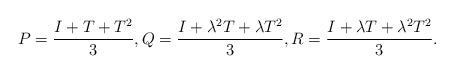
LaTeX: \begin{align*}P = \frac{I + T + T^2}{3}, Q = \frac{I + \lambda^2 T + \lambda T^2}{3}, R = \frac{I + \lambda T + \lambda^2 T^2}{3}.\end{align*}